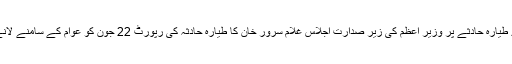
← پی آئی اے طیارہ حادثے پر وزیر اعظم کی زیر صدارت اجلاس غلام سرور خان کا طیارہ حادثہ کی رپورٹ 22 جون کو عوام کے سامنے لانے کا وعدہ →